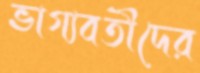
ভাগ্যবতীদের